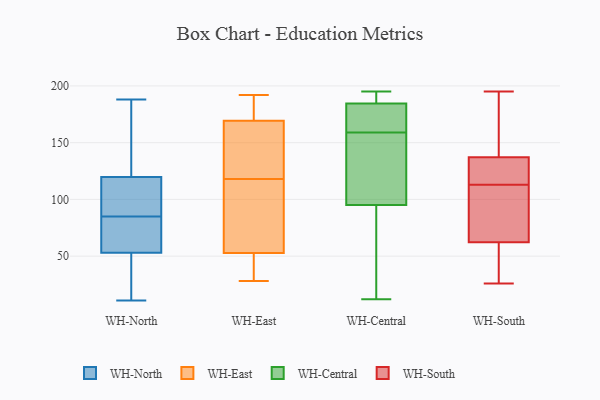
{"axis": {"x": "LTV (USD)", "y": "Value"}, "legend": ["WH-Central", "WH-East", "WH-North", "WH-South"], "data": [{"x": "", "y": 71, "type": "WH-North"}, {"x": "", "y": 85, "type": "WH-North"}, {"x": "", "y": 188, "type": "WH-North"}, {"x": "", "y": 47, "type": "WH-North"}, {"x": "", "y": 76, "type": "WH-North"}, {"x": "", "y": 30, "type": "WH-North"}, {"x": "", "y": 30, "type": "WH-North"}, {"x": "", "y": 74, "type": "WH-North"}, {"x": "", "y": 11, "type": "WH-North"}, {"x": "", "y": 176, "type": "WH-North"}, {"x": "", "y": 161, "type": "WH-North"}, {"x": "", "y": 110, "type": "WH-North"}, {"x": "", "y": 89, "type": "WH-North"}, {"x": "", "y": 109, "type": "WH-North"}, {"x": "", "y": 123, "type": "WH-North"}, {"x": "", "y": 176, "type": "WH-East"}, {"x": "", "y": 29, "type": "WH-East"}, {"x": "", "y": 141, "type": "WH-East"}, {"x": "", "y": 118, "type": "WH-East"}, {"x": "", "y": 167, "type": "WH-East"}, {"x": "", "y": 149, "type": "WH-East"}, {"x": "", "y": 114, "type": "WH-East"}, {"x": "", "y": 192, "type": "WH-East"}, {"x": "", "y": 28, "type": "WH-East"}, {"x": "", "y": 75, "type": "WH-East"}, {"x": "", "y": 58, "type": "WH-East"}, {"x": "", "y": 37, "type": "WH-East"}, {"x": "", "y": 182, "type": "WH-East"}, {"x": "", "y": 194, "type": "WH-Central"}, {"x": "", "y": 27, "type": "WH-Central"}, {"x": "", "y": 184, "type": "WH-Central"}, {"x": "", "y": 12, "type": "WH-Central"}, {"x": "", "y": 161, "type": "WH-Central"}, {"x": "", "y": 122, "type": "WH-Central"}, {"x": "", "y": 185, "type": "WH-Central"}, {"x": "", "y": 94, "type": "WH-Central"}, {"x": "", "y": 180, "type": "WH-Central"}, {"x": "", "y": 96, "type": "WH-Central"}, {"x": "", "y": 157, "type": "WH-Central"}, {"x": "", "y": 195, "type": "WH-Central"}, {"x": "", "y": 65, "type": "WH-South"}, {"x": "", "y": 165, "type": "WH-South"}, {"x": "", "y": 141, "type": "WH-South"}, {"x": "", "y": 79, "type": "WH-South"}, {"x": "", "y": 115, "type": "WH-South"}, {"x": "", "y": 85, "type": "WH-South"}, {"x": "", "y": 54, "type": "WH-South"}, {"x": "", "y": 195, "type": "WH-South"}, {"x": "", "y": 119, "type": "WH-South"}, {"x": "", "y": 115, "type": "WH-South"}, {"x": "", "y": 194, "type": "WH-South"}, {"x": "", "y": 80, "type": "WH-South"}, {"x": "", "y": 42, "type": "WH-South"}, {"x": "", "y": 26, "type": "WH-South"}, {"x": "", "y": 49, "type": "WH-South"}, {"x": "", "y": 113, "type": "WH-South"}, {"x": "", "y": 136, "type": "WH-South"}]}